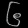
Digit: ၆